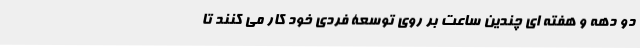
دو دهه و هفته ­ای چندین ساعت بر روی توسعۀ فردی خود کار می­ کنند تا